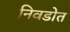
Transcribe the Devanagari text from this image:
निवडोत